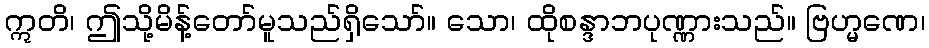
ဣတိ၊ ဤသို့မိန့်တော်မူသည်ရှိသော်။ သော၊ ထိုစန္ဒာဘပုဏ္ဏားသည်။ ဗြဟ္မဏေ၊